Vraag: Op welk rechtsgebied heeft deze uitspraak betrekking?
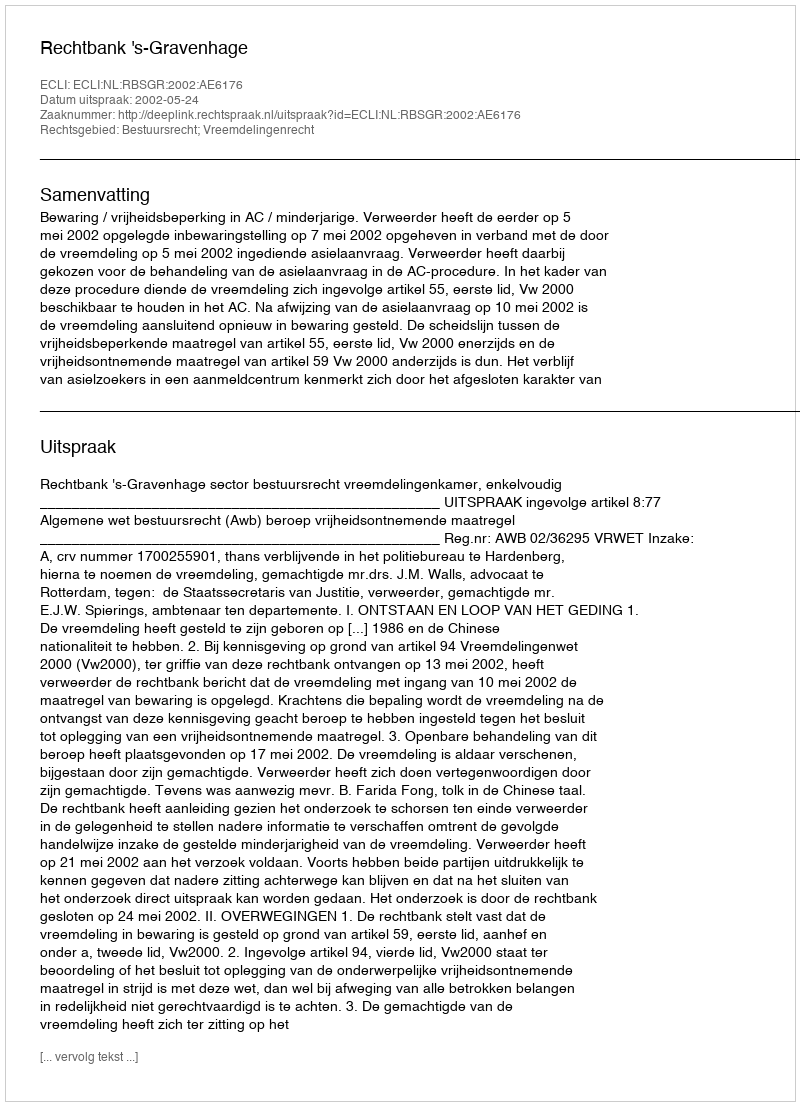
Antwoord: Bestuursrecht; Vreemdelingenrecht